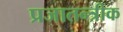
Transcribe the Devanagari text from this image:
प्रजातन्त्रीक